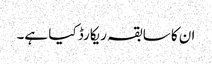
ان کا سابقہ ریکارڈ کیا ہے۔